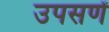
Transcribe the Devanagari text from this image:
उपसणें